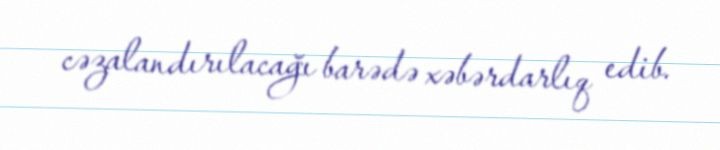
cəzalandırılacağı barədə xəbərdarlıq edib.